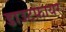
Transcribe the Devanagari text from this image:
डाउटफ़ायर